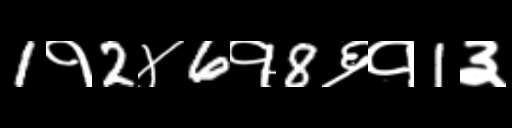
Text: 1१2४6१8६१1३